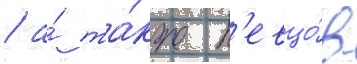
/ а́ та́кже п'евцо́в